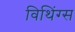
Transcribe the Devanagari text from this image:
विथिंग्स